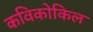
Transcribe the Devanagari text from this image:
कविकोकिल